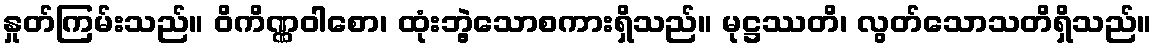
နှုတ်ကြမ်းသည်။ ဝိကိဏ္ဏဝါစော၊ ထုံးဘွဲ့သောစကားရှိသည်။ မုဋ္ဌဿတိ၊ လွတ်သောသတိရှိသည်။